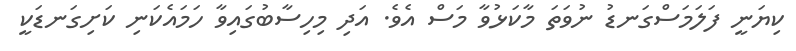
ކިޔަނީ ފަލަމަސްގަނޑު ނުވަތަ މާކަޅުވާ މަސް އެވެ. އަދި މިހިސާބުގައިވާ ހަމައެކަނި ކަށިގަނޑަކީ